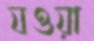
যওয়া